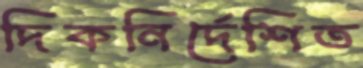
দিকনির্দেশিত